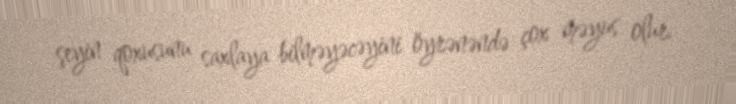
şeyin qoxusunu saxlaya bilməyəcəyini öyrənəndə çox məyus olur.